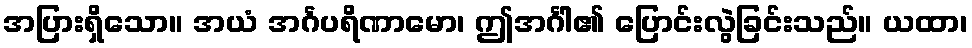
အပြားရှိသော။ အယံ အင်္ဂပရိဏာမော၊ ဤအင်္ဂါ၏ ပြောင်းလွဲခြင်းသည်။ ယထာ၊